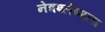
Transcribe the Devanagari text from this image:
नेत्रश्‍लेष्मला